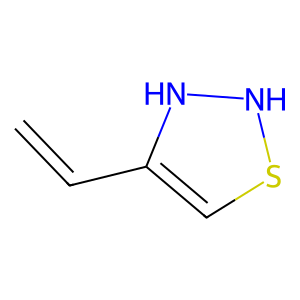
SMILES: C=CC1=CSNN1
Inhibits HIV replication: No